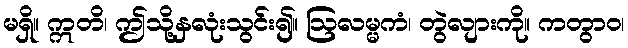
မရှိ။ ဣတိ၊ ဤသို့နှလုံးသွင်း၍။ ဩလမ္မကံ၊ တွဲလျားကို။ ကတွာဝ၊